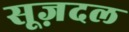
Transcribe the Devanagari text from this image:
सूज़दल